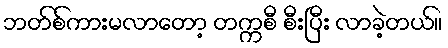
ဘတ်စ်ကားမလာတော့ တက္ကစီ စီးပြီး လာခဲ့တယ်။